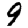
Digit: 9